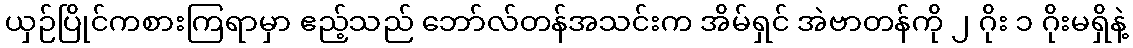
ယှဉ်ပြိုင်ကစားကြရာမှာ ဧည့်သည် ဘော်လ်တန်အသင်းက အိမ်ရှင် အဲဗာတန်ကို ၂ ဂိုး ၁ ဂိုးမရှိနဲ့